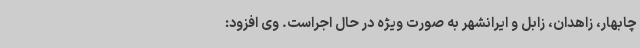
چابهار، زاهدان، زابل و ایرانشهر به صورت ویژه در حال اجراست. وی افزود: